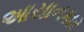
આયાનકાર